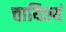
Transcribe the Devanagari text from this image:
चायिल्यं